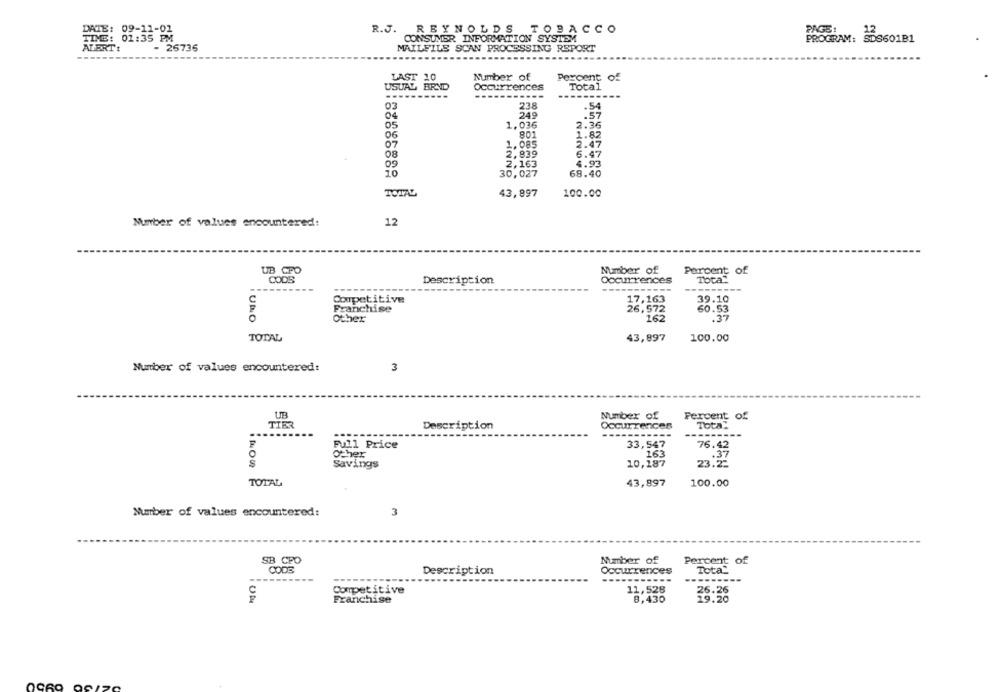
PAGE:
12
R.J. REYNOLDS TOBACCO
TIME: 01:35 PM
CONSUMER INFORMATION SYSTEM
PROGRAM: SDS601B1
ALBRT:
- 26736
MAILFILS SCAN PROCESSING REPORT
Number of
LAST 10
Percent of
USUAL BRYD
Occurrences
Total
---------
03
238
.54
04
249
.57
05
1.036
2.36
06
801
1.82
07
1.085
2.47
08
2,839
6.47
09
2,163
4.93
30,027
68.40
TOTAL
43,897
100.00
12
Number of values encountered:
Number of
Percent of
CoOS
Description
Occurrences
Toca"
-----------
17,163
39.10
Competitive
Franchise
26,572
60.53
Other
162
.37
UNO
TOTAL
43,897
100.00
3
Number of values encountered:
UB
Number of
Percent of
TIER
Description
Occurrences
Tota:
----
76.42
Full Price
33,547
Other
163
Savings
10,187
23.2
TOTAL
43,897
100.00
3
Number of values encountered:
SB CPO
Number of
Percent of
CODE
Description
Occurrences
Tota_
---
11,528
Competitive
26.26
Franchise
8,430
29.20